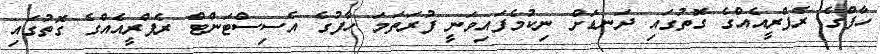
ހާފްގެ ރެފްރީއެއްގެ ގޮތުގައި ދަނޑަށް ނިކުމެފައިވަނީ ފުރަތަމަ ހާފުގެ އެސިސްޓަންޓް ރެފްރީއެއްގެ ގޮތުގައި